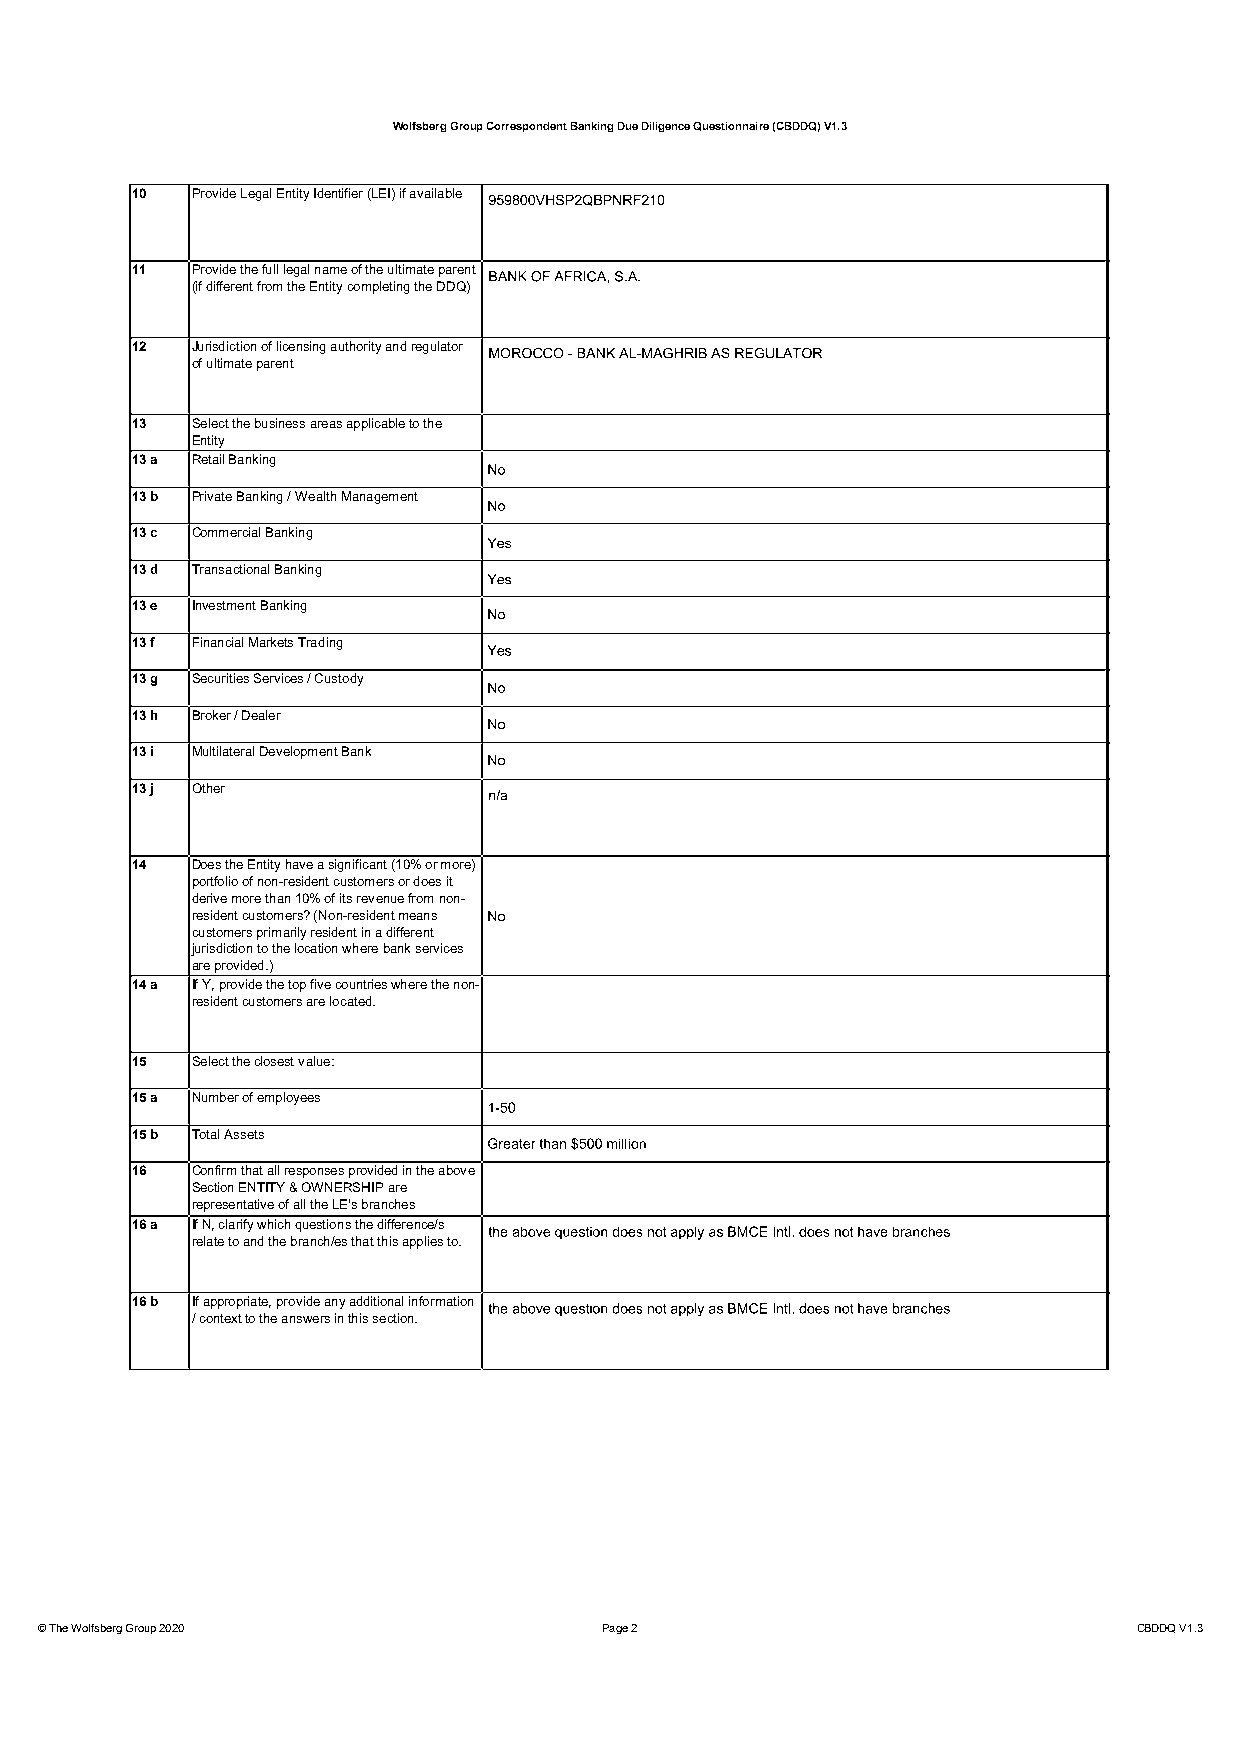
Wolfsberg Group Correspondent Banking Due Diligence Questionnaire (CBDDQ) V1.3
 10  Provide Legal Entity Identifier (LEI) if available
 11  Provide the full legal name of the ultimate parent
 (if different from the Entity completing the DDQ)
 12  Jurisdiction of licensing authority and regulator
 of ultimate parent
 13  Select the business areas applicable to the
 Entity
 13 a Retail Banking
 13 b Private Banking / Wealth Management
 13 c Commercial Banking
 13 d Transactional Banking
 13 e Investment Banking
 13 f Financial Markets Trading
 13 g Securities Services / Custody
 13 h Broker / Dealer
 13 i Multilateral Development Bank
 13 j Other
 14  Does the Entity have a significant (10% or more)
 portfolio of non-resident customers or does it
 derivemore than 10% of its revenue from non-
 resident customers? (Non-resident means
 customers primarily resident in a different
 jurisdiction to the location where bank services
 are provided.)
 14 a If Y, provide the top five countries where the non-
 resident customers are located.
 15  Select the closest value:
 15 a Number of employees
 15 b Total Assets
 16  Confirm that all responses provided in the above
 Section ENTITY & OWNERSHIP are
 representative of all the LE's branches
 16 a If N, clarify which questions the difference/s
 relate to and the branch/es that this applies to.
 16 b If appropriate, provide any additional information
 / context to the answers in this section.
 © The Wolfsberg Group 2020            Page 2                             CBDDQ V1.3